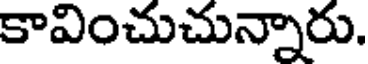
కావించుచున్నారు.